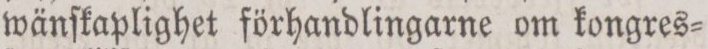
wänſkaplighet förhandlingarne om kongres=